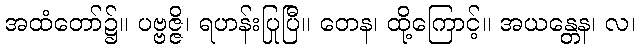
အထံတော်၌။ ပဗ္ဗဇ္ဇိ၊ ရဟန်းပြုပြီ။ တေန၊ ထို့ကြောင့်။ အယန္တေန၊ လ၊